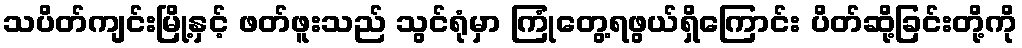
သပိတ်ကျင်းမြို့နှင့် ဖတ်ဖူးသည် သွင်ရုံမှာ ကြုံတွေ့ရဖွယ်ရှိကြောင်း ပိတ်ဆို့ခြင်းတို့ကို